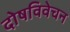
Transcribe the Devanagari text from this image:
दोषविवेचन